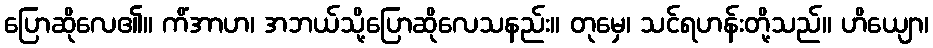
ပြောဆိုလေ၏။ ကိံအာဟ၊ အဘယ်သို့ပြောဆိုလေသနည်း။ တုမှေ၊ သင်ရဟန်းတို့သည်။ ဟိယျော၊